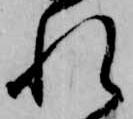
れ